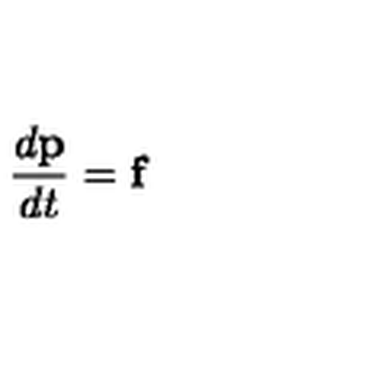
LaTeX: \frac { d { \bf p } } { d t } = { \bf f }